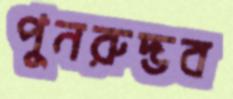
পুনরুদ্ভব